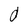
Character: O